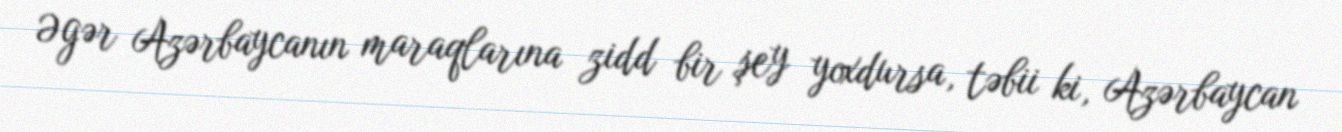
Əgər Azərbaycanın maraqlarına zidd bir şey yoxdursa, təbii ki, Azərbaycan